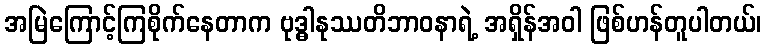
အမြဲကြောင့်ကြစိုက်နေတာက ဗုဒ္ဓါနုဿတိဘာဝနာရဲ့ အရှိန်အဝါ ဖြစ်ဟန်တူပါတယ်၊